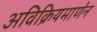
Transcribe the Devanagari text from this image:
अविक्रियमाणेन